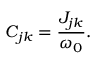
C _ { j k } = \frac { J _ { j k } } { \omega _ { 0 } } .